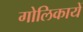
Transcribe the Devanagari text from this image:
गोलिकायें